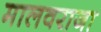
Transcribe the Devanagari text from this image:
मालवराजा